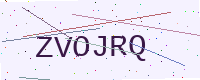
Text: ZVOJRQ